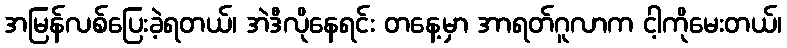
အမြန်လစ်ပြေးခဲ့ရတယ်၊ အဲဒီလိုနေရင်း တနေ့မှာ အာရတ်ဂူလာက ငါ့ကိုမေးတယ်၊